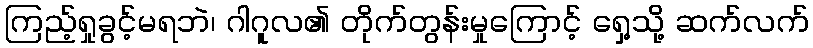
ကြည့်ရှုခွင့်မရဘဲ၊ ဂါဂူလ၏ တိုက်တွန်းမှုကြောင့် ရှေ့သို့ ဆက်လက်